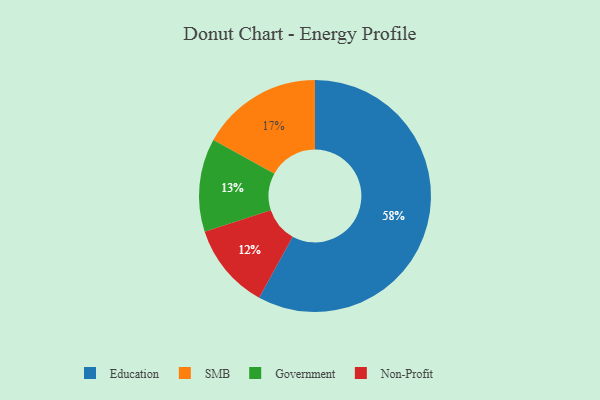
{"axis": {"x": "Category", "y": "Percentage"}, "legend": ["Education", "Government", "Non-Profit", "SMB"], "data": [{"x": "Non-Profit", "y": 12, "type": "Non-Profit"}, {"x": "SMB", "y": 17, "type": "SMB"}, {"x": "Education", "y": 58, "type": "Education"}, {"x": "Government", "y": 13, "type": "Government"}]}